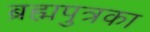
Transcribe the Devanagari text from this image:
ब्रह्मपुत्रका